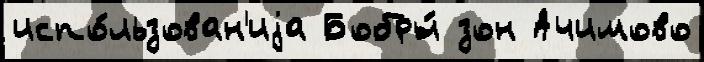
испо́льзован'иjа Бобры́ зон Ачимово